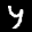
Label: 4